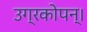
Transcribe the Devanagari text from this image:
उग्रकोपन्।